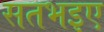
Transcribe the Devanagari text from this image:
सतभइए